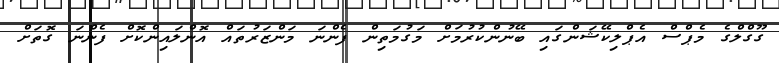
ގޫގްލްގެ މެޕްސް އެޕްލިކޭޝަންގައި ބޭނުންކުރުމަށް މަގުމަތިން ފެންނަ މަންޒަރުތައް އޮންލައިންކޮށް ފެންނަ ގޮތަށް